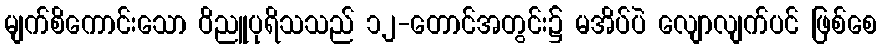
မျက်စိကောင်းသော ဝိညူပုရိသသည် ၁၂-တောင်အတွင်း၌ မအိပ်ပဲ လျောလျက်ပင် ဖြစ်စေ